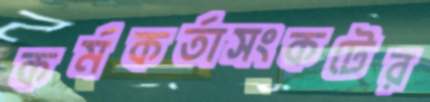
কর্মকর্তাসংকটের